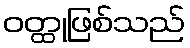
ဝတ္ထုဖြစ်သည်